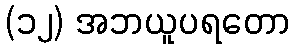
(၁၂) အဘယူပရတော